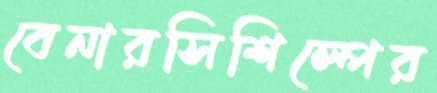
বেনারসিশিল্পের